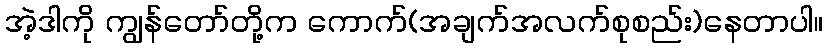
အဲ့ဒါကို ကျွန်တော်တို့က ကောက်(အချက်အလက်စုစည်း)နေတာပါ။